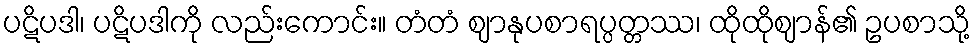
ပဋိပဒါ၊ ပဋိပဒါကို လည်းကောင်း။ တံတံ ဈာနုပစာရပ္ပတ္တဿ၊ ထိုထိုဈာန်၏ ဥပစာသို့